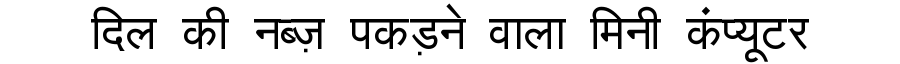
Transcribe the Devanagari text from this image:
दिल की नब्ज़ पकड़ने वाला मिनी कंप्यूटर